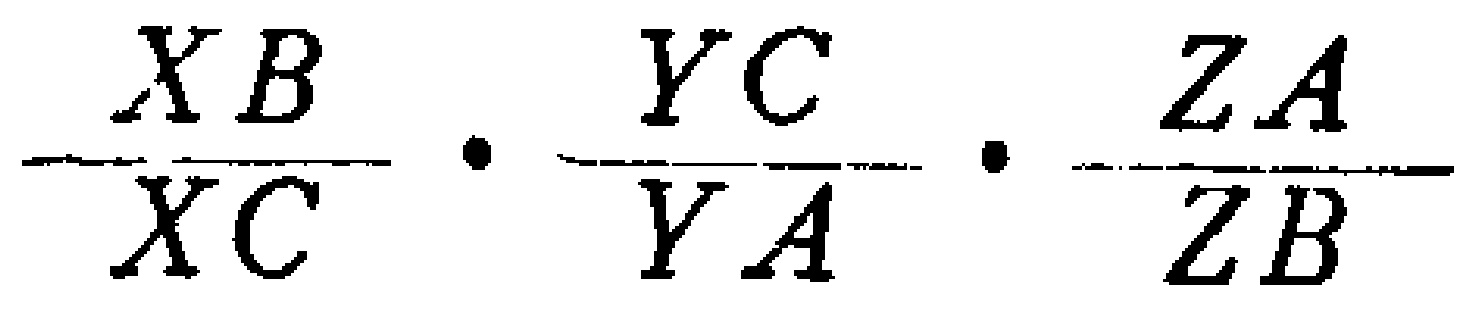
\frac{XB}{XC}\cdot\frac{YC}{YA}\cdot\frac{ZA}{ZB}